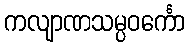
ကလျာဏသမ္ပဝင်္ကော